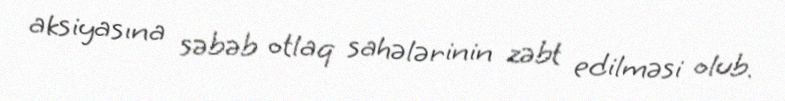
aksiyasına səbəb otlaq sahələrinin zəbt edilməsi olub.